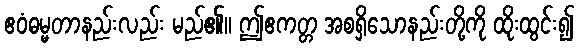
ဧဝံဓမ္မတာနည်းလည်း မည်၏။ ဤဧကတ္တ အစရှိသောနည်းတို့ကို ထိုးထွင်း၍